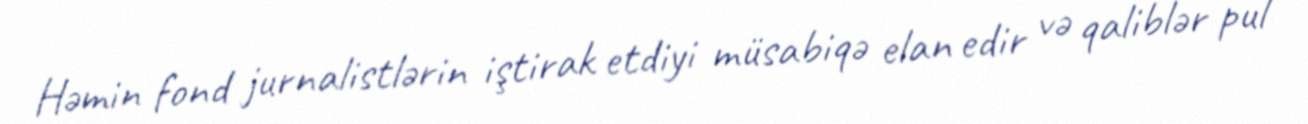
Həmin fond jurnalistlərin iştirak etdiyi müsabiqə elan edir və qaliblər pul